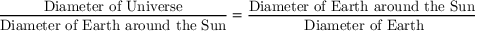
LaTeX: { \frac { \mathrm { D i a m e t e r ~ o f ~ U n i v e r s e } } { \mathrm { D i a m e t e r ~ o f ~ E a r t h ~ a r o u n d ~ t h e ~ S u n } } } = { \frac { \mathrm { D i a m e t e r ~ o f ~ E a r t h ~ a r o u n d ~ t h e ~ S u n } } { \mathrm { ~ D i a m e t e r ~ o f ~ E a r t h } } }